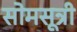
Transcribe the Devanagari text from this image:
सोमसूत्री